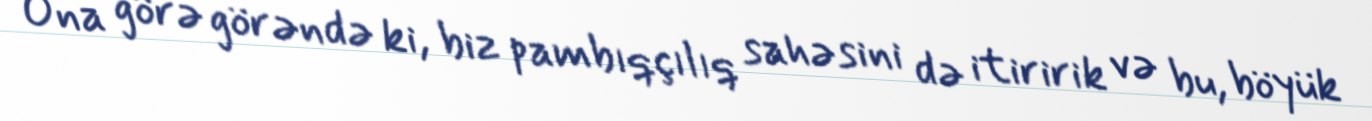
Ona görə görəndə ki, biz pambıqçılıq sahəsini də itiririk və bu, böyük